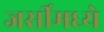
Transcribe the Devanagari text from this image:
जर्सीमध्ये